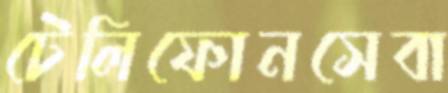
টেলিফোনসেবা